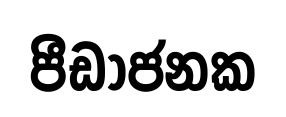
පීඩාජනක